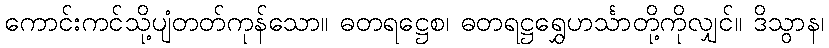
ကောင်းကင်သို့ပျံတတ်ကုန်သော။ ဓတရဋ္ဌေစ၊ ဓတရဋ္ဌရွှေဟင်္သာတို့ကိုလျှင်။ ဒိသွာန၊